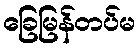
ခြေမြန်တပ်မ